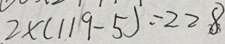
2 \times ( 1 1 9 - 5 ) = 2 2 8